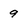
Character: 9